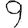
Digit: 9